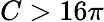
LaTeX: C>16\pi